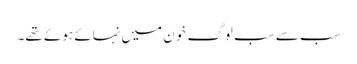
سب سے سب لوگ خون میں نہائے ہوئے تھے۔